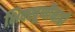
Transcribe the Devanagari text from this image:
भिक्खूणींनाही